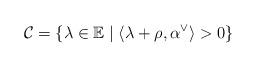
LaTeX: \begin{align*}\mathcal{C} = \{ \lambda \in \mathbb{E} \mid \langle \lambda + \rho, \alpha^{\vee}\rangle >0 \}\end{align*}